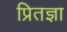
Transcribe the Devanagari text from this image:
प्रितज्ञा